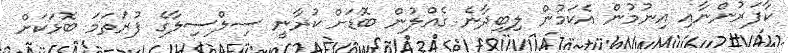
ކާފަރުންނާއި އިނުމުން އެކަމުން ލިބިދާނެ ގެއްލުން ބޮޑަށް ކުރާނީ ސިލްސިލާގެ ފުރަތަމަ ބޮޅަކަށް